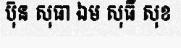
ប៊ុន សុធា ឯម សុធី សុខ